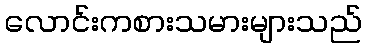
လောင်းကစားသမားများသည်